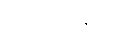
ဆီလီကွန်ဖြင့်